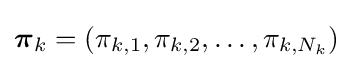
{\boldsymbol {\pi }}_{k}=\left(\pi _{k,1},\pi _{k,2},\ldots ,\pi _{k,N_{k}}\right)